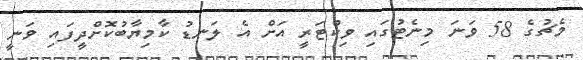
މެޗުގެ 58 ވަނަ މިނެޓުގައި ވިކްޓަރީ އަށް އެ ލަނޑު ކާމިޔާބުކޮށްދީފައި ވަނީ